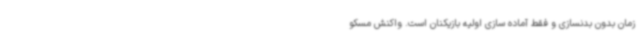
زمان بدون بدنسازی‌ و فقط آماده سازی اولیه بازیکنان است. واکنش مسکو